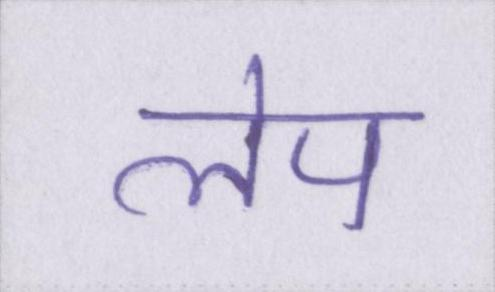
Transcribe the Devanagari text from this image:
लेप